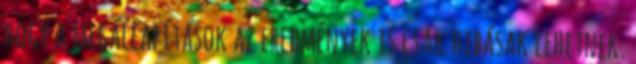
hogy a megállapítások az eredmények is csak hibásak lehetnek.